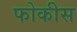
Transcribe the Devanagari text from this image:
फोकीस